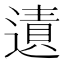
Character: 𨖊